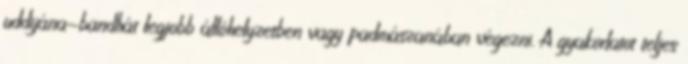
uddijána-bandhát legjobb állóhelyzetben vagy padmászanában végezni. A gyakorlatot teljes